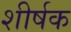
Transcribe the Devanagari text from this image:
शीर्षक